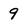
Character: 9